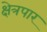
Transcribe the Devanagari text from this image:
क्षेत्रपार